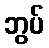
ဘွပ်